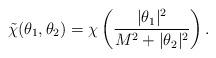
LaTeX: \begin{align*}\tilde{\chi}(\theta_1,\theta_2) = \chi\left(\frac{|\theta_1|^2}{M^2+|\theta_2|^2}\right).\end{align*}